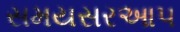
સમયસરઆપ